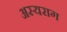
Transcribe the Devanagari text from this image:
अस्यराग